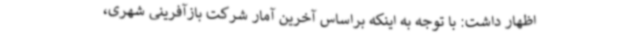
اظهار داشت: با توجه به اینکه براساس آخرین آمار شرکت بازآفرینی شهری،